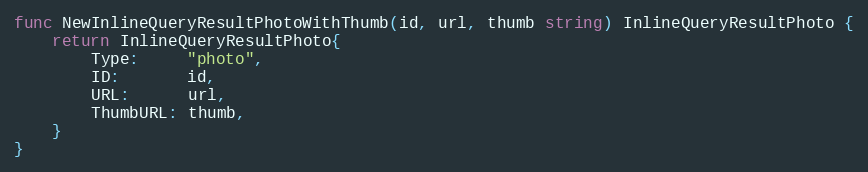
Language: Go
func NewInlineQueryResultPhotoWithThumb(id, url, thumb string) InlineQueryResultPhoto {
	return InlineQueryResultPhoto{
		Type:     "photo",
		ID:       id,
		URL:      url,
		ThumbURL: thumb,
	}
}